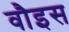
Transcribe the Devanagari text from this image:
वौइस